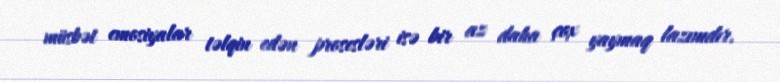
müsbət emosiyalar təlqin edən prosesləri isə bir az daha çox yaymaq lazımdır.